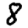
Digit: 8